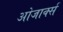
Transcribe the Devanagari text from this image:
ओजार्क्स